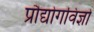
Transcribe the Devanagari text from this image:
प्रौद्योगविज्ञों